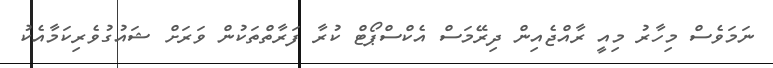
ނަމަވެސް މިހާރު މިއީ ރާއްޖެއިން ދިރޭމަސް އެކްސްޕޯޓް ކުރާ ފަރާތްތަކުން ވަރަށް ޝައުގުވެރިކަމާއެކު